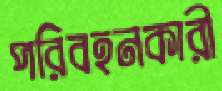
পরিবহনকারী